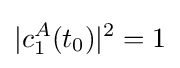
|c_{1}^{A}(t_{0})|^{2}=1